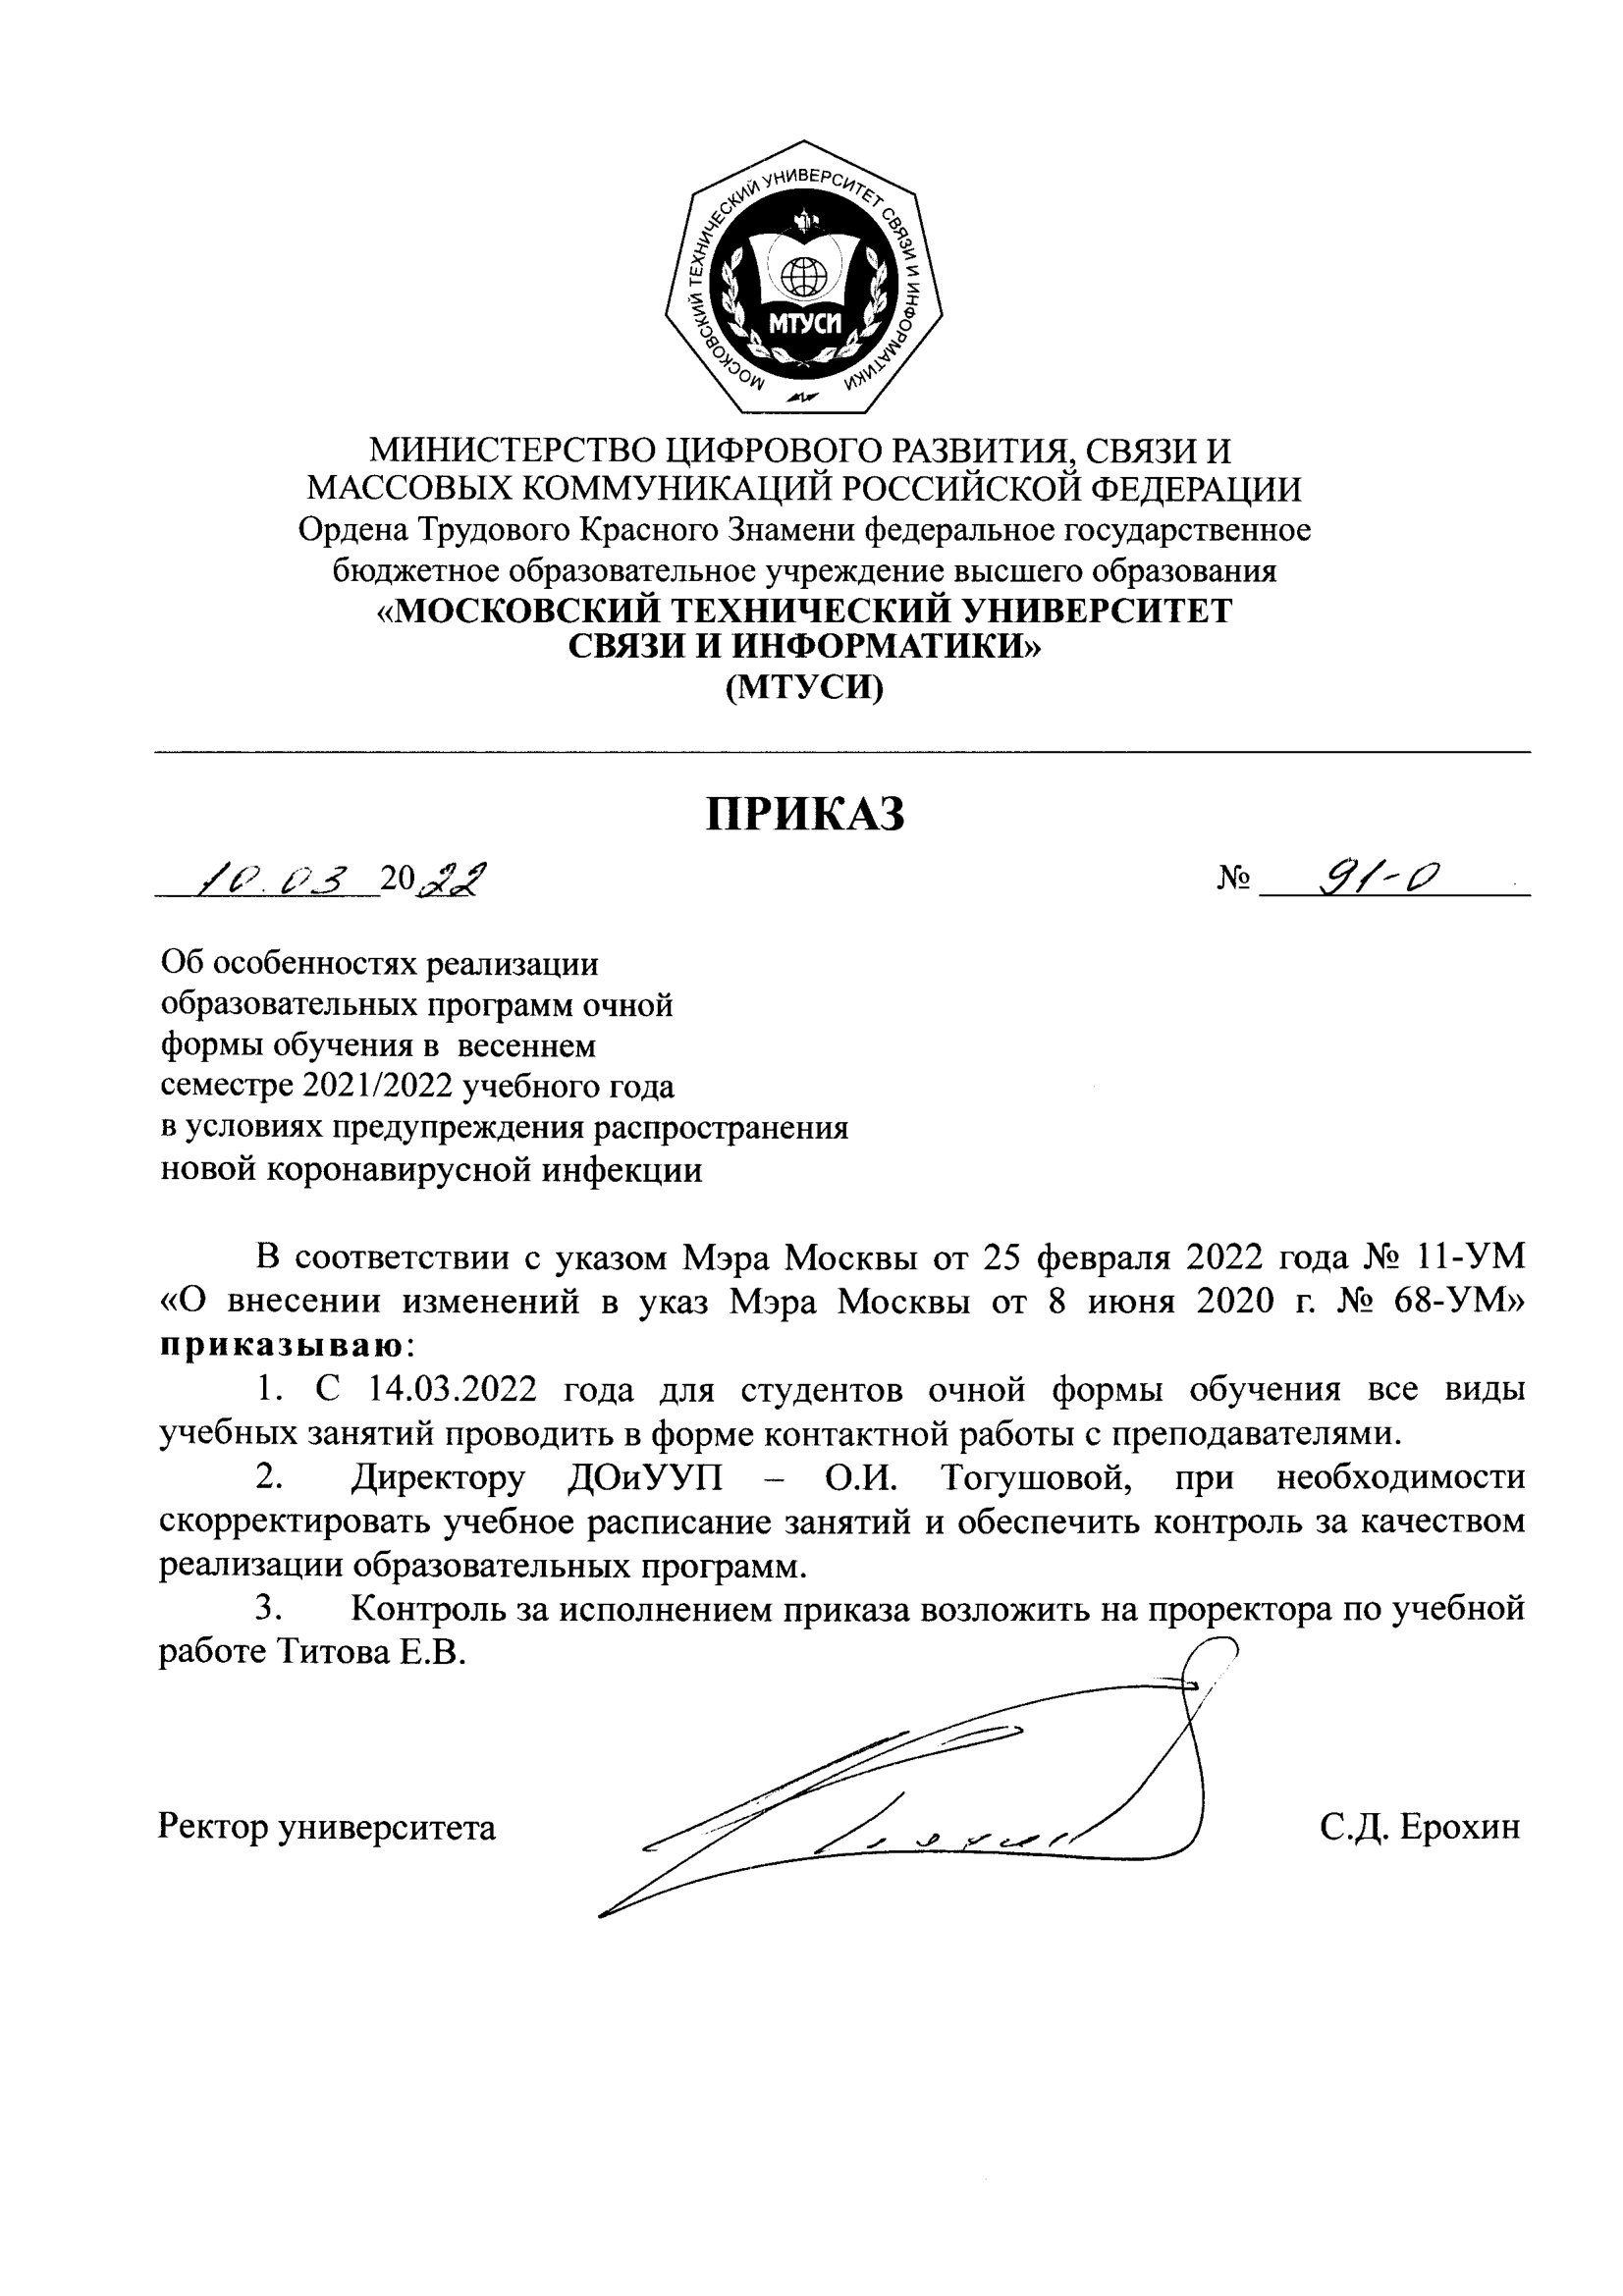
Language: ru